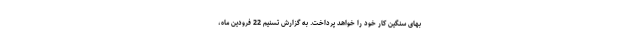
بهای سنگین کار خود را خواهد پرداخت. به گزارش تسنیم 22 فرودین ماه،